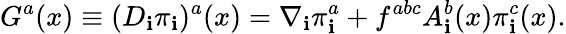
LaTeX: G^{a}(x)\equiv(D_{\mathbf{i}}\pi_{\mathbf{i}})^{a}(x)=\nabla_{\mathbf{i}}\pi_{\mathbf{i}}^{a}+f^{abc}A_{\mathbf{i}}^{b}(x)\pi_{\mathbf{i}}^{c}(x).